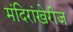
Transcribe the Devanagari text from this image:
मंदिरांखेरीज